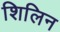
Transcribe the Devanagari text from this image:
शिलिन